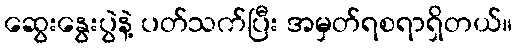
ဆွေးနွေးပွဲနဲ့ ပတ်သက်ပြီး အမှတ်ရစရာရှိတယ်။